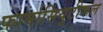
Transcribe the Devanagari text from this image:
फार्मासियुटीकल